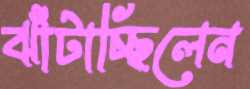
ঝাঁটাচ্ছিলেন